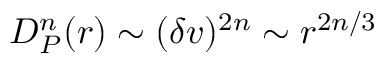
D _ { P } ^ { n } ( r ) \sim ( \delta v ) ^ { 2 n } \sim r ^ { 2 n / 3 }